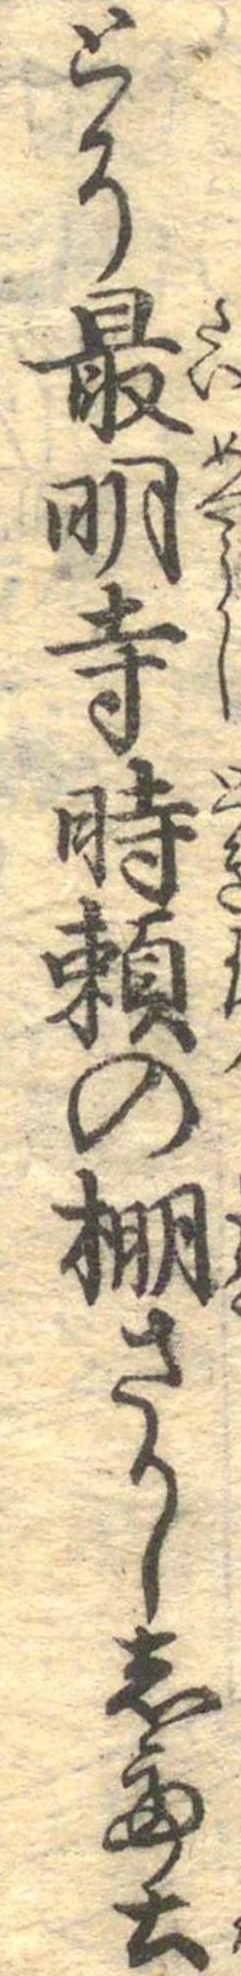
とそ最明寺時頼の棚さかして土